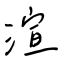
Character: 渲